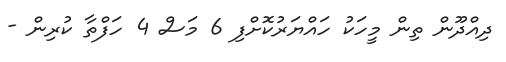
ދިއްދޫން ތިން މީހަކު ހައްޔަރުކޮށްފި 6 މަސް 4 ހަފްތާ ކުރިން -